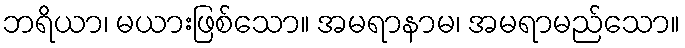
ဘရိယာ၊ မယားဖြစ်သော။ အမရာနာမ၊ အမရာမည်သော။